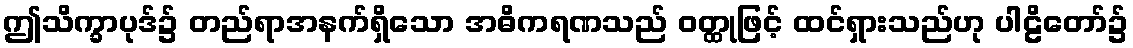
ဤသိက္ခာပုဒ်၌ တည်ရာအနက်ရှိသော အဓိကရဏသည် ဝတ္ထုဖြင့် ထင်ရှားသည်ဟု ပါဠိတော်၌